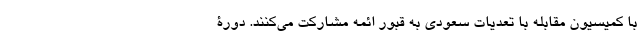
با کمیسیون مقابله با تعدیات سعودی به قبور ائمه مشارکت می‌کنند. دورۀ